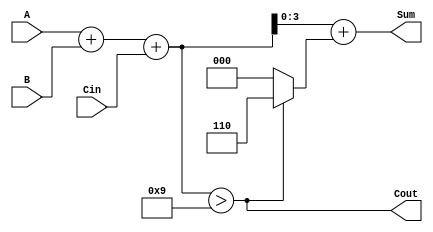
module BCD_Hybrid_Adder (
    input  [3:0] A,      // First BCD digit
    input  [3:0] B,      // Second BCD digit
    input        Cin,     // Carry input
    output [3:0] Sum,     // BCD sum output
    output       Cout      // Carry output
);

    wire [4:0] binary_sum;  // Intermediate binary sum (5 bits for overflow)
    wire correction_needed;   // Flag to indicate if correction is needed

    // Step 1: Compute the binary sum
    assign binary_sum = A + B + Cin;

    // Step 2: Determine if correction is needed
    assign correction_needed = binary_sum > 5'd9;

    // Step 3: Calculate the corrected sum
    wire [4:0] corrected_sum;
    assign corrected_sum = binary_sum + (correction_needed ? 5'd6 : 5'd0);

    // Step 4: Output the Sum and Cout
    assign Sum = corrected_sum[3:0]; // Take the lower 4 bits for the sum
    assign Cout = correction_needed;   // Set Cout if correction was needed

endmodule